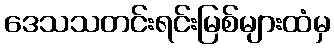
ဒေသသတင်းရင်းမြစ်များထံမှ